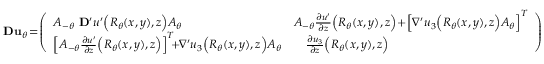
{ \bf D } { \bf u } _ { \theta } \! = \! \left( \begin{array} { l l } { A _ { - \theta } \ { \bf D } ^ { \prime } u ^ { \prime } \Big ( R _ { \theta } ( x , y ) , z \Big ) A _ { \theta } } & { A _ { - \theta } \frac { \partial u ^ { \prime } } { \partial z } \Big ( R _ { \theta } ( x , y ) , z \Big ) \! + \! \left[ \nabla ^ { \prime } u _ { 3 } \Big ( R _ { \theta } ( x , y ) , z \Big ) A _ { \theta } \right] ^ { T } } \\ { \left[ A _ { - \theta } \frac { \partial u ^ { \prime } } { \partial z } \Big ( R _ { \theta } ( x , y ) , z \Big ) \right] ^ { T } \! \! \! + \! \! \nabla ^ { \prime } u _ { 3 } \Big ( R _ { \theta } ( x , y ) , z \Big ) A _ { \theta } } & { \quad \frac { \partial u _ { 3 } } { \partial z } \Big ( R _ { \theta } ( x , y ) , z \Big ) } \end{array} \right)